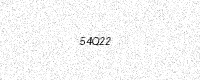
Text: 54Q22